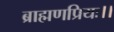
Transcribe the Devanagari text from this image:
ब्राह्मणप्रियः।।